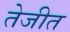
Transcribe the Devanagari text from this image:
तेजीत